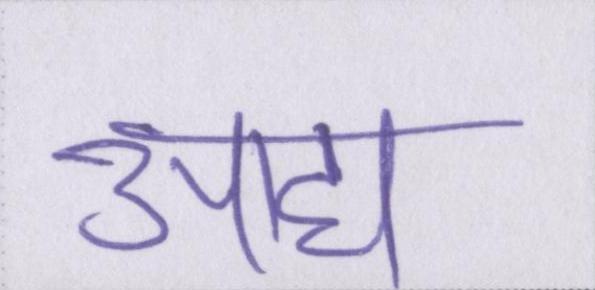
आद्य